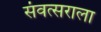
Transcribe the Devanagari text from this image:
संवत्सराला